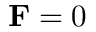
\mathbf { F } = 0